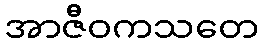
အာဇီဝကသတေ